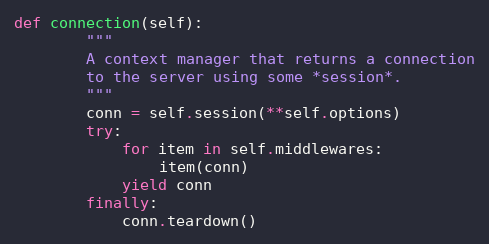
Language: Python
def connection(self):
        """
        A context manager that returns a connection
        to the server using some *session*.
        """
        conn = self.session(**self.options)
        try:
            for item in self.middlewares:
                item(conn)
            yield conn
        finally:
            conn.teardown()